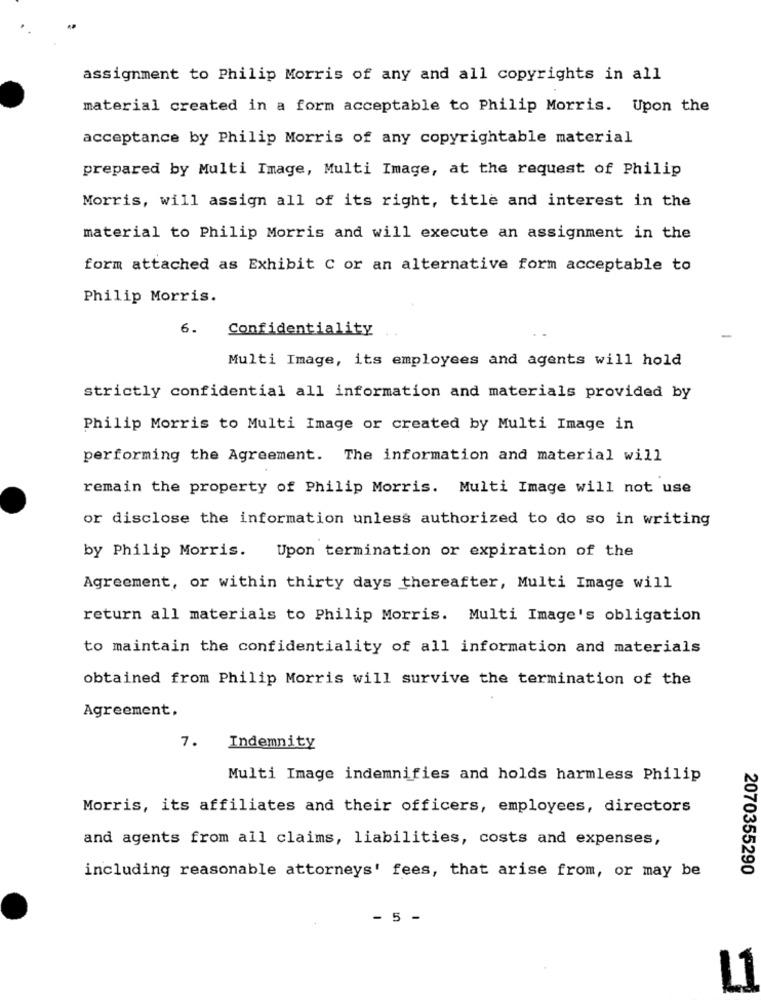
assignment to Philip Morris of any and all copyrights in all
material created in a form acceptable to Philip Morris. Upon the
acceptance by Philip Morris of any copyrightable material
prepared by Multi Image, Multi Image, at the request of Philip
Morris, will assign all of its right, title and interest in the
material to Philip Morris and will execute an assignment in the
form attached as Exhibit C or an alternative form acceptable to
Philip Morris.
6.
Confidentiality
Multi Image, its employees and agents will hold
strictly confidential all information and materials provided by
Philip Morris to Multi Image or created by Multi Image in
performing the Agreement. The information and material will
remain the property of Philip Morris. Multi Image will not use
or disclose the information unless authorized to do so in writing
by Philip Morris. Upon termination or expiration of the
Agreement, or within thirty days thereafter, Multi Image will
return all materials to Philip Morris. Multi Image's obligation
to maintain the confidentiality of all information and materials
obtained from Philip Morris will survive the termination of the
Agreement.
7.
Indemnity
Multi Image indemnifies and holds harmless Philip
Morris, its affiliates and their officers, employees, directors
and agents from all claims, liabilities, costs and expenses,
2070355290
including reasonable attorneys' fees, that arise from, or may be
- 5 -
L1